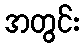
အတွင်း